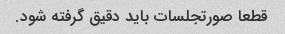
قطعا صورتجلسات باید دقیق گرفته شود.